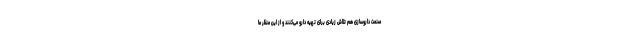
صنعت داروسازی هم تلاش زیادی برای تهیه دارو می‌کنند و از این منظر ما